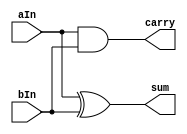
`timescale 1ns / 1ps
//////////////////////////////////////////////////////////////////////////////////
// Company: 
// Engineer: 
// 
// Design Name: 
// Module Name: HalfAdder
// Project Name: 
// Target Devices: 
// Tool Versions: 
// Description: 
// 
// Dependencies: 
// 
// Revision:
// Revision 0.01 - File Created
// Additional Comments:
// 
//////////////////////////////////////////////////////////////////////////////////


module HalfAdder(
    input aIn,
    input bIn,
    output sum,
    output carry
  );
  
  assign sum = aIn ^ bIn;
  assign carry = aIn & bIn;
  
endmodule